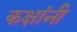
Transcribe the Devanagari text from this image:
कक्षांनी